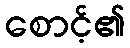
စောင့်၏